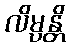
လိမ္ပန္တိ